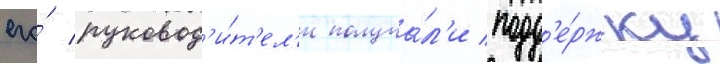
его́ руковод'и́т'ел'и получа́л'и подд'е́ржку